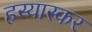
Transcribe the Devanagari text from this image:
हस्यास्कर